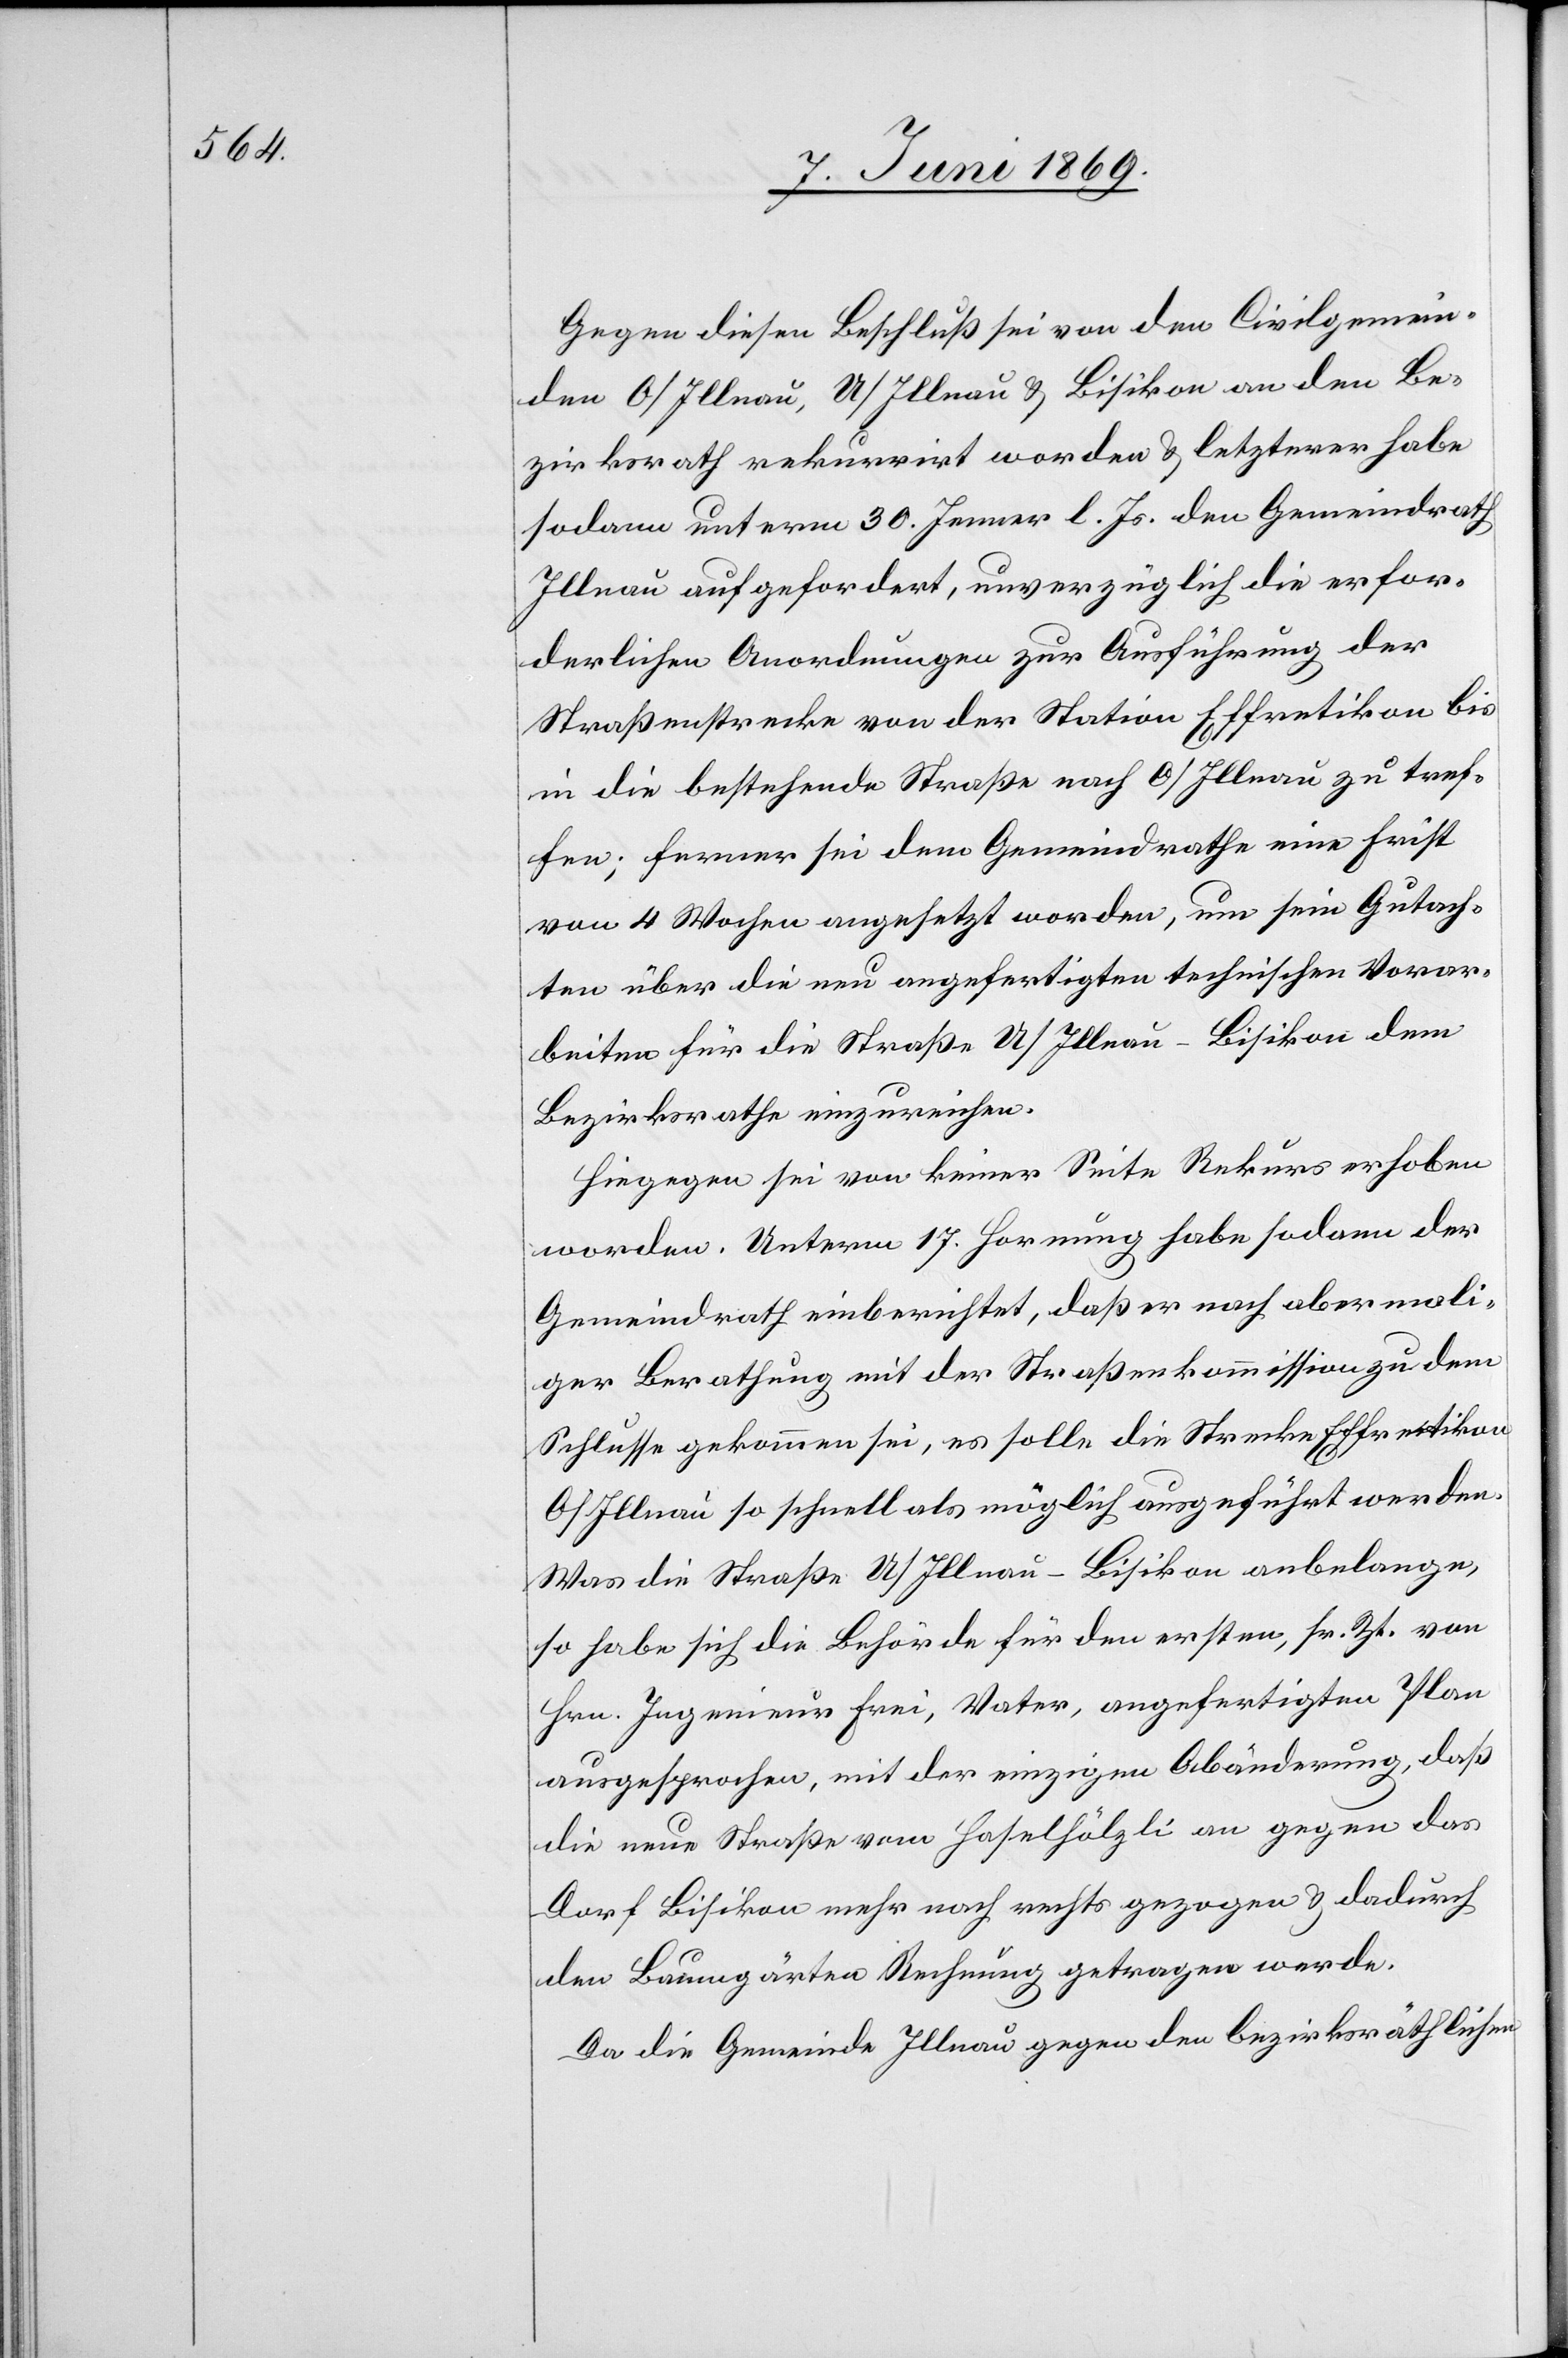
Gegen diesen Beschluß sei von den Civilgemein¬
den O/Illnau, U/Illnau u. Bisikon an den Be¬
zirksrath rekurrirt worden u. letzterer habe
sodann unterm 30. Jenner l. Js. den Gemeindrath
Illnau aufgefordert, unverzüglich die erfor¬
derlichen Anordnungen zur Ausführung der
Straßenstrecke von der Station Effretikon bis
in die bestehende Straße nach O/Illnau zu tref¬
fen; ferner sei dem Gemeindrathe eine Frist
von 4 Wochen angesetzt worden, um sein Gutach¬
ten über die neu angefertigten technischen Vorar¬
beiten für die Straße U/Illnau–Bisikon dem
Bezirksrathe einzureichen.
Hingegen sei von keiner Seite Rekurs erhoben
worden. Unterm 17. Hornung habe sodann der
Gemeindrath einberichtet, daß er nach abermali¬
ger Berathung mit der Straßenkommission zu dem
Schlusse gekommen sei, es solle die Strecke Effretikon
O/Illnau so schnell als möglich ausgeführt werden.
Was die Straße U/Illnau–Bisikon anbelange,
so habe sich sie Behörde für den erstern, sr. Zt. von
Hrn. Ingenieur Frei, Vater, angefertigten Plan
ausgesprochen, mit der einzigen Abänderung, daß
die neue Straße vom Haselhölzli an gegen das
Dorf Bisikon mehr nach rechts gezogen u. dadurch
den Baumgärten Rechnung getragen werde.
Da die Gemeinde Illnau gegen den bezirksräthlichen